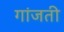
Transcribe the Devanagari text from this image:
गांजती